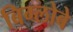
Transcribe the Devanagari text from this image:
बिग्लोबे